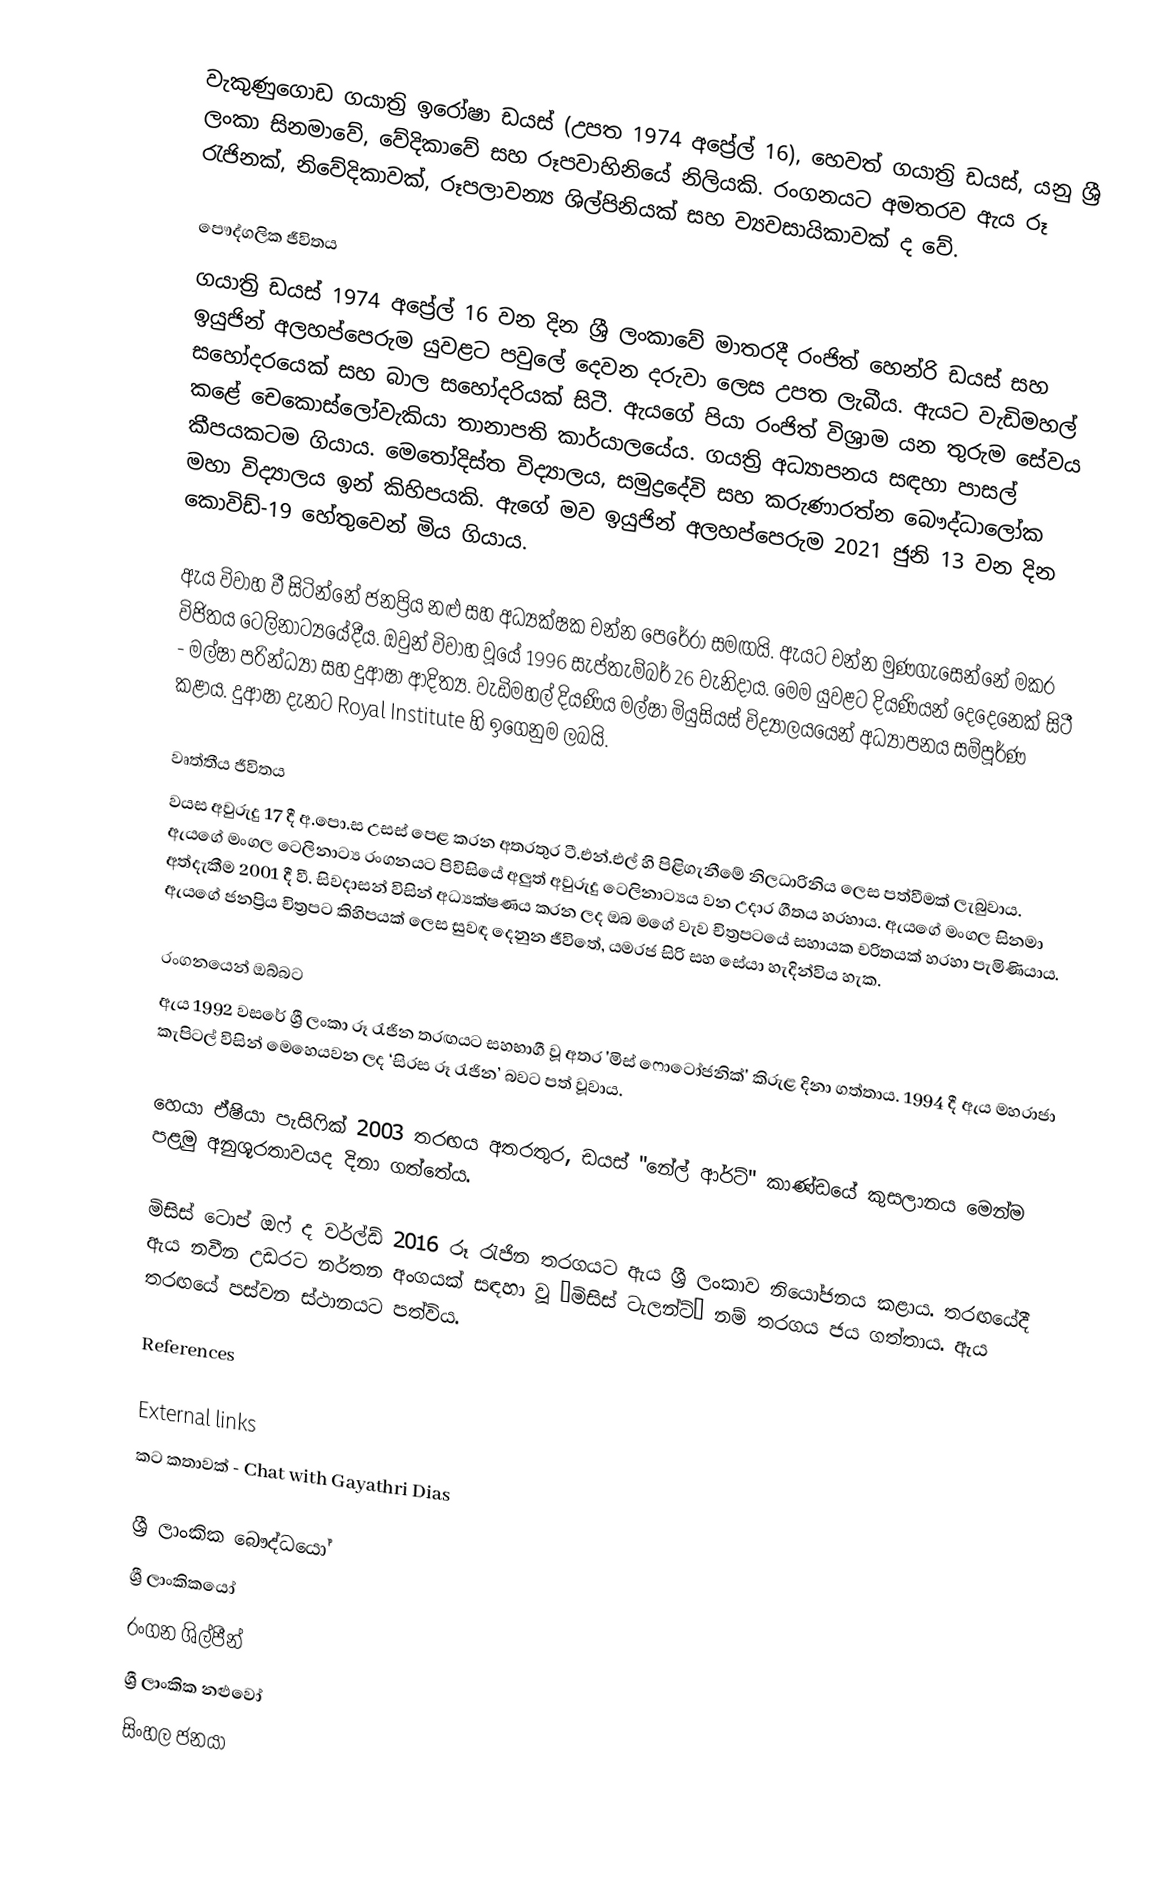
වැකුණුගොඩ ගයාත‍්‍රි ඉරෝෂා ඩයස් (උපත 1974 අප්‍රේල් 16), හෙවත් ගයාත‍්‍රි ඩයස්, යනු ශ්‍රී ලංකා සිනමාවේ, වේදිකාවේ සහ රූපවාහිනියේ නිලියකි. රංගනයට අමතරව ඇය රූ රැජිනක්, නිවේදිකාවක්, රූපලාවන්‍ය ශිල්පිනියක් සහ ව්‍යවසායිකාවක් ද වේ.

පෞද්ගලික ජීවිතය
ගයාත්‍රි ඩයස් 1974 අප්‍රේල් 16 වන දින ශ්‍රී ලංකාවේ මාතරදී රංජිත් හෙන්රි ඩයස් සහ ඉයුජින් අලහප්පෙරුම යුවළට පවුලේ දෙවන දරුවා ලෙස උපත ලැබීය. ඇයට වැඩිමහල් සහෝදරයෙක් සහ බාල සහෝදරියක් සිටී. ඇයගේ පියා රංජිත් විශ්‍රාම යන තුරුම සේවය කළේ චෙකොස්ලෝවැකියා තානාපති කාර්යාලයේය. ගයත්‍රි අධ්‍යාපනය සඳහා පාසල් කීපයකටම ගියාය. මෙතෝදිස්ත විද්‍යාලය, සමුද්‍රදේවි සහ කරුණාරත්න බෞද්ධාලෝක මහා විද්‍යාලය ඉන් කිහිපයකි. ඇගේ මව ඉයුජින් අලහප්පෙරුම 2021 ජුනි 13 වන දින කොවිඩ්-19 හේතුවෙන් මිය ගියාය.

ඇය විවාහ වී සිටින්නේ ජනප්‍රිය නළු සහ අධ්‍යක්ෂක චන්න පෙරේරා සමඟයි. ඇයට චන්න මුණගැසෙන්නේ මකර විජිතය ටෙලිනාට්‍යයේදීය. ඔවුන් විවාහ වූයේ 1996 සැප්තැම්බර් 26 වැනිදාය. මෙම යුවළට දියණියන් දෙදෙනෙක් සිටී - මල්ෂා පරින්ධ්‍යා සහ දුආෂා ආදිත්‍ය. වැඩිමහල් දියණිය මල්ෂා මියුසියස් විද්‍යාලයයෙන් අධ්‍යාපනය සම්පූර්ණ කළාය. දුආෂා දැනට Royal Institute හි ඉගෙනුම ලබයි.

වෘත්තීය ජීවිතය
වයස අවුරුදු 17 දී අ.පො.ස උසස් පෙළ කරන අතරතුර ටී.එන්.එල් හි පිළිගැනීමේ නිලධාරිනිය ලෙස පත්වීමක් ලැබුවාය. ඇයගේ මංගල ටෙලිනාට්‍ය රංගනයට පිවිසියේ අලුත් අවුරුදු ටෙලිනාට්‍යය වන උදාර ගීතය හරහාය. ඇයගේ මංගල සිනමා අත්දැකීම 2001 දී වී. සිවදාසන් විසින් අධ්‍යක්ෂණය කරන ලද ඔබ මගේ වැව චිත්‍රපටයේ සහායක චරිතයක් හරහා පැමිණියාය. ඇයගේ ජනප්‍රිය චිත්‍රපට කිහිපයක් ලෙස සුවඳ දෙනුන ජීවිතේ, යමරජ සිරි සහ සේයා හැදින්විය හැක.

රංගනයෙන් ඔබ්බට
ඇය 1992 වසරේ ශ්‍රී ලංකා රූ රැජින තරඟයට සහභාගී වූ අතර 'මිස් ෆොටෝජනික්' කිරුළ දිනා ගත්තාය. 1994 දී ඇය මහරාජා කැපිටල් විසින් මෙහෙයවන ලද ‘සිරස රූ රැජින’ බවට පත් වූවාය.

හෙයා ඒෂියා පැසි‍ෆික් 2003 තරඟය අතරතුර, ඩයස් "නේල් ආර්ට්" කාණ්ඩයේ කුසලානය මෙන්ම පළමු අනුශූරතාවයද දිනා ගත්තේය.

මිසිස් ටොප් ඔෆ් ද වර්ල්ඩ් 2016 රූ රැජින තරගයට ඇය ශ්‍රී ලංකාව නියෝජනය කළාය. තරඟයේදී ඇය නවීන උඩරට නර්තන අංගයක් සඳහා වූ ‘මිසිස් ටැලන්ට්’ නම් තරගය ජය ගත්තාය. ඇය තරඟයේ පස්වන ස්ථානයට පත්විය.

References

External links
 කට කතාවක් - Chat with Gayathri Dias

ශ්‍රී ලාංකික බෞද්ධයෝ
ශ්‍රී ලාංකිකයෝ
රංගන ශිල්පීන්
ශ්‍රී ලාංකික නළුවෝ
සිංහල ජනයා